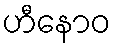
ဟီနောဝ